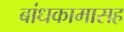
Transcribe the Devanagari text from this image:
बांधकामासह